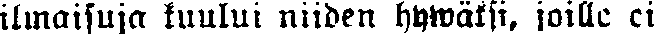
ilmaisuja kuului niiden hywäksi, joille ei